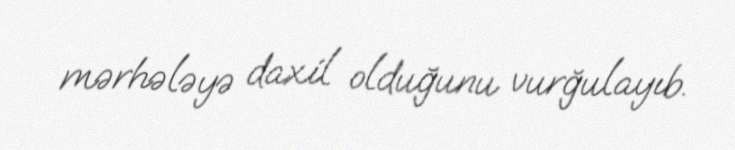
mərhələyə daxil olduğunu vurğulayıb.